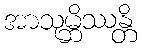
အာသုမ္ဘိဿန္တိ